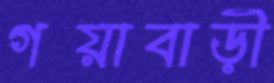
গয়াবাড়ী